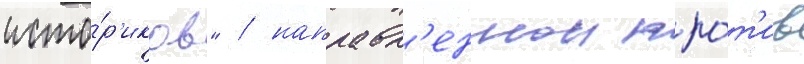
исто́р'иков" / направл'еннои про́т'ив